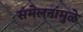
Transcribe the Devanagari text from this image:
संमेलनांमुळे